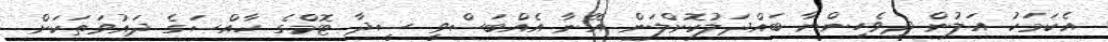
އެކަމަކު އަލުން ދިވެހިންނާ ބައްދަލުކޮށްލަން އޭނާ އެއްބަސްވީ ސީދާ ޓޮމްގެ ހާއްސަގެ ދައުވަތަކަށް